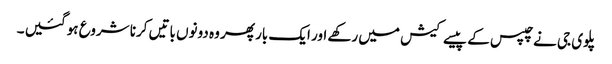
پلوی جی نے چپس کے پیسے کیش میں رکھے اور ایک بار پھر وہ دونوں باتیں کرنا شروع ہو گئیں ۔